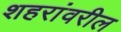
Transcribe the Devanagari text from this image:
शहरांवरील